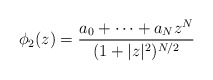
\begin{align*}\phi_2 (z) = \frac{a_0 + \cdots + a_N z^N}{(1+|z|^2)^{N/2}}\end{align*}